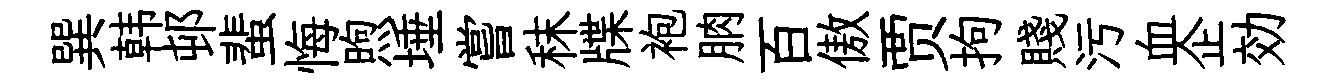
巽韩邨蜚悔煦埵嘗秣牒袍朒百傲贾拘賤污血企効